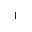
^ 1